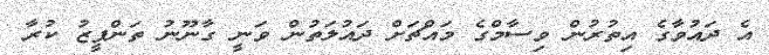
އެ ދައުވާގެ އިތުރުން ވިސާމްގެ މައްޗަށް ދައުލަތުން ވަނީ ގާނޫނު ތަންފީޒު ކުރާ